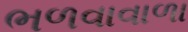
ભળવાવાળા